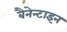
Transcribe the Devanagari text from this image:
बैनेन्टाइन